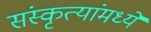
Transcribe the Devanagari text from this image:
संस्कृत्यांमध्ये